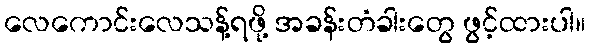
လေကောင်းလေသန့်ရဖို့ အခန်းတံခါးတွေ ဖွင့်ထားပါ။